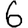
Digit: 6